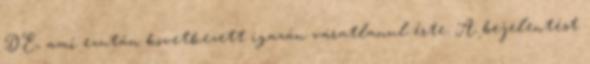
DE, ami ezután következett igazán váratlanul érte. A bejelentést